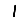
Digit: 1